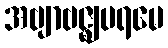
အဗျာဗဇ္ဈပရမေ